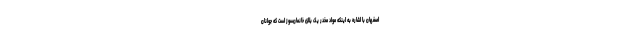
اصفهان با اشاره به اینکه مواد مخدر یک بلای خانمان‌سوز است که جوانان